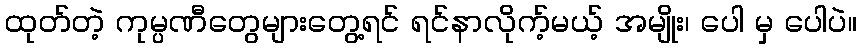
ထုတ်တဲ့ ကုမ္ပဏီတွေများတွေ့ရင် ရင်နာလိုက့်မယ့် အမျိုး၊ ပေါ မှ ပေါပဲ။